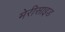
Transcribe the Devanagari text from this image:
मेरीसाइड